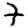
Digit: 7